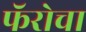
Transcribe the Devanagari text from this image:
फॅरोचा